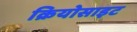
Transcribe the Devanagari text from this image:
क्रियोसाइट